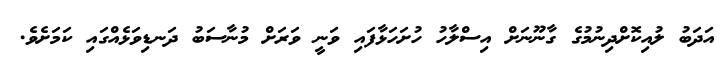
އަދަބު ލުއިކޮށްދިނުމުގެ ގާނޫނަށް އިސްލާހު ހުށަހަޅާފައި ވަނީ ވަރަށް މުނާސަބު ދަނޑިވަޅެއްގައި ކަމަށެވެ.